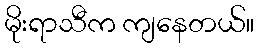
မိုးရာသီက ကျနေတယ်။